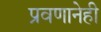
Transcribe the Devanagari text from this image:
प्रवणानेही